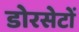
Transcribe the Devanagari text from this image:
डोरसेटों